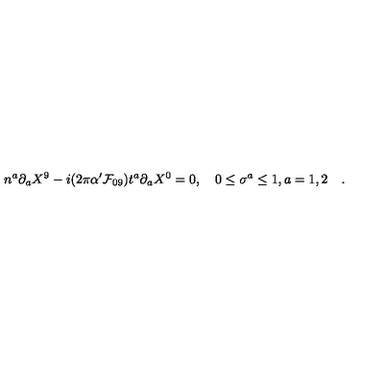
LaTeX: n ^ { a } \partial _ { a } X ^ { 9 } - i ( 2 \pi \alpha ^ { \prime } { \cal { F } } _ { 0 9 } ) t ^ { a } \partial _ { a } X ^ { 0 } = 0 , \quad 0 \le \sigma ^ { a } \le 1 , a = 1 , 2 \quad .